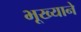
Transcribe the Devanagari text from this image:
भूख्याने